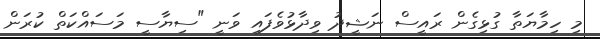
މި ހިމާޔަތާ ގުޅިގެން ރައީސް ނަޝީދު ވިދާޅުވެފައި ވަނީ "ސިޔާސީ މަސައްކަތް ކުރަން